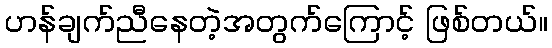
ဟန်ချက်ညီနေတဲ့အတွက်ကြောင့် ဖြစ်တယ်။